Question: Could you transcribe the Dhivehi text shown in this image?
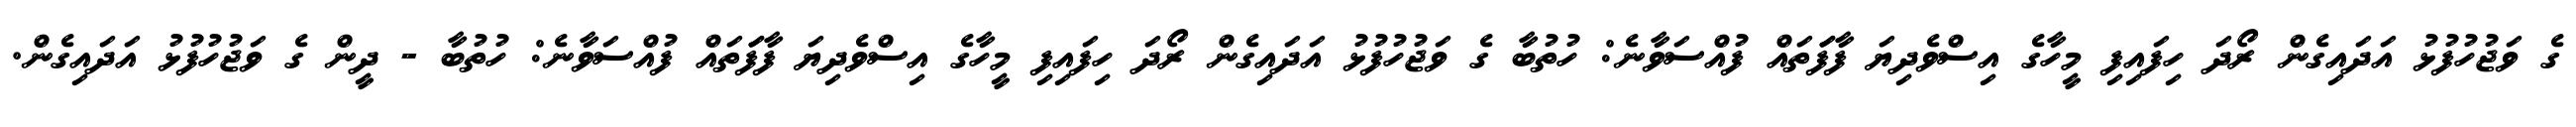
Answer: ގެ ވަޖުހުފުޅު އަދައިގެން ރޯދަ ހިފައިފި މީހާގެ އިސްވެދިޔަ ފާފަަތައް ފުއްސަވާނެ: ހުތުބާ ގެ ވަޖުހުފުޅު އަދައިގެން ރޯދަ ހިފައިފި މީހާގެ އިސްވެދިޔަ ފާފަަތައް ފުއްސަވާނެ: ހުތުބާ - ދީން ގެ ވަޖުހުފުޅު އަދައިގެން.